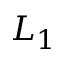
L _ { 1 }